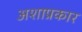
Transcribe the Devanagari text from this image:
अशाप्रकार